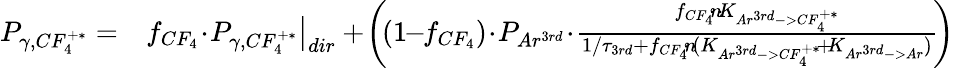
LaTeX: \begin{array}{rl}{P_{\gamma,CF_{4}^{+*}}=}&{f_{CF_{4}}\! \cdot\! P_{\gamma,CF_{4}^{+*}}\big|_{dir}+\! \left(\! (1\! \! -\! \! f_{CF_{4}})\! \cdot\! P_{Ar^{3rd}}\! \cdot\! \frac{f_{CF_{4}}\! \cdot\! n\! \cdot\! K_{Ar^{3rd}->CF_{4}^{+*}}}{1/\tau_{3rd}+f_{CF_{4}}\! \cdot\! n\! \cdot\! (K_{Ar^{3rd}->CF_{4}^{+*}}\! +\! K_{Ar^{3rd}->Ar})}\! \right)}\end{array}